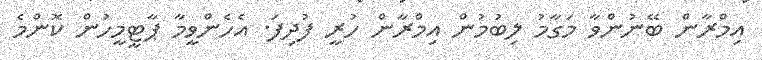
އިމްރާން ބޭނުންވާ މަގާމު ލިބުމުން އިމްރާން ހުރީ ފުދިފަ. އެހެންވީމާ ޕާޓީމީހުން ކޮންމެ